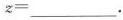
$$z =$$___.